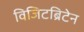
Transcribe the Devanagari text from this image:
विजिटब्रिटेन